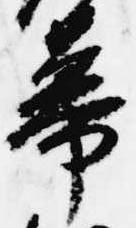
幕